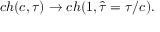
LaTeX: c h ( c , \tau ) \rightarrow c h ( 1 , \hat { \tau } = \tau / c ) .